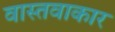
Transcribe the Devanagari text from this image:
वास्तवाकार